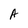
Character: A